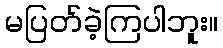
မပြတ်ခဲ့ကြပါဘူး။